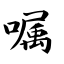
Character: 嘱